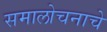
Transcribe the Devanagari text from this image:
समालोचनाचे